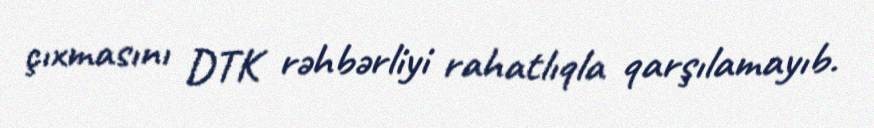
çıxmasını DTK rəhbərliyi rahatlıqla qarşılamayıb.